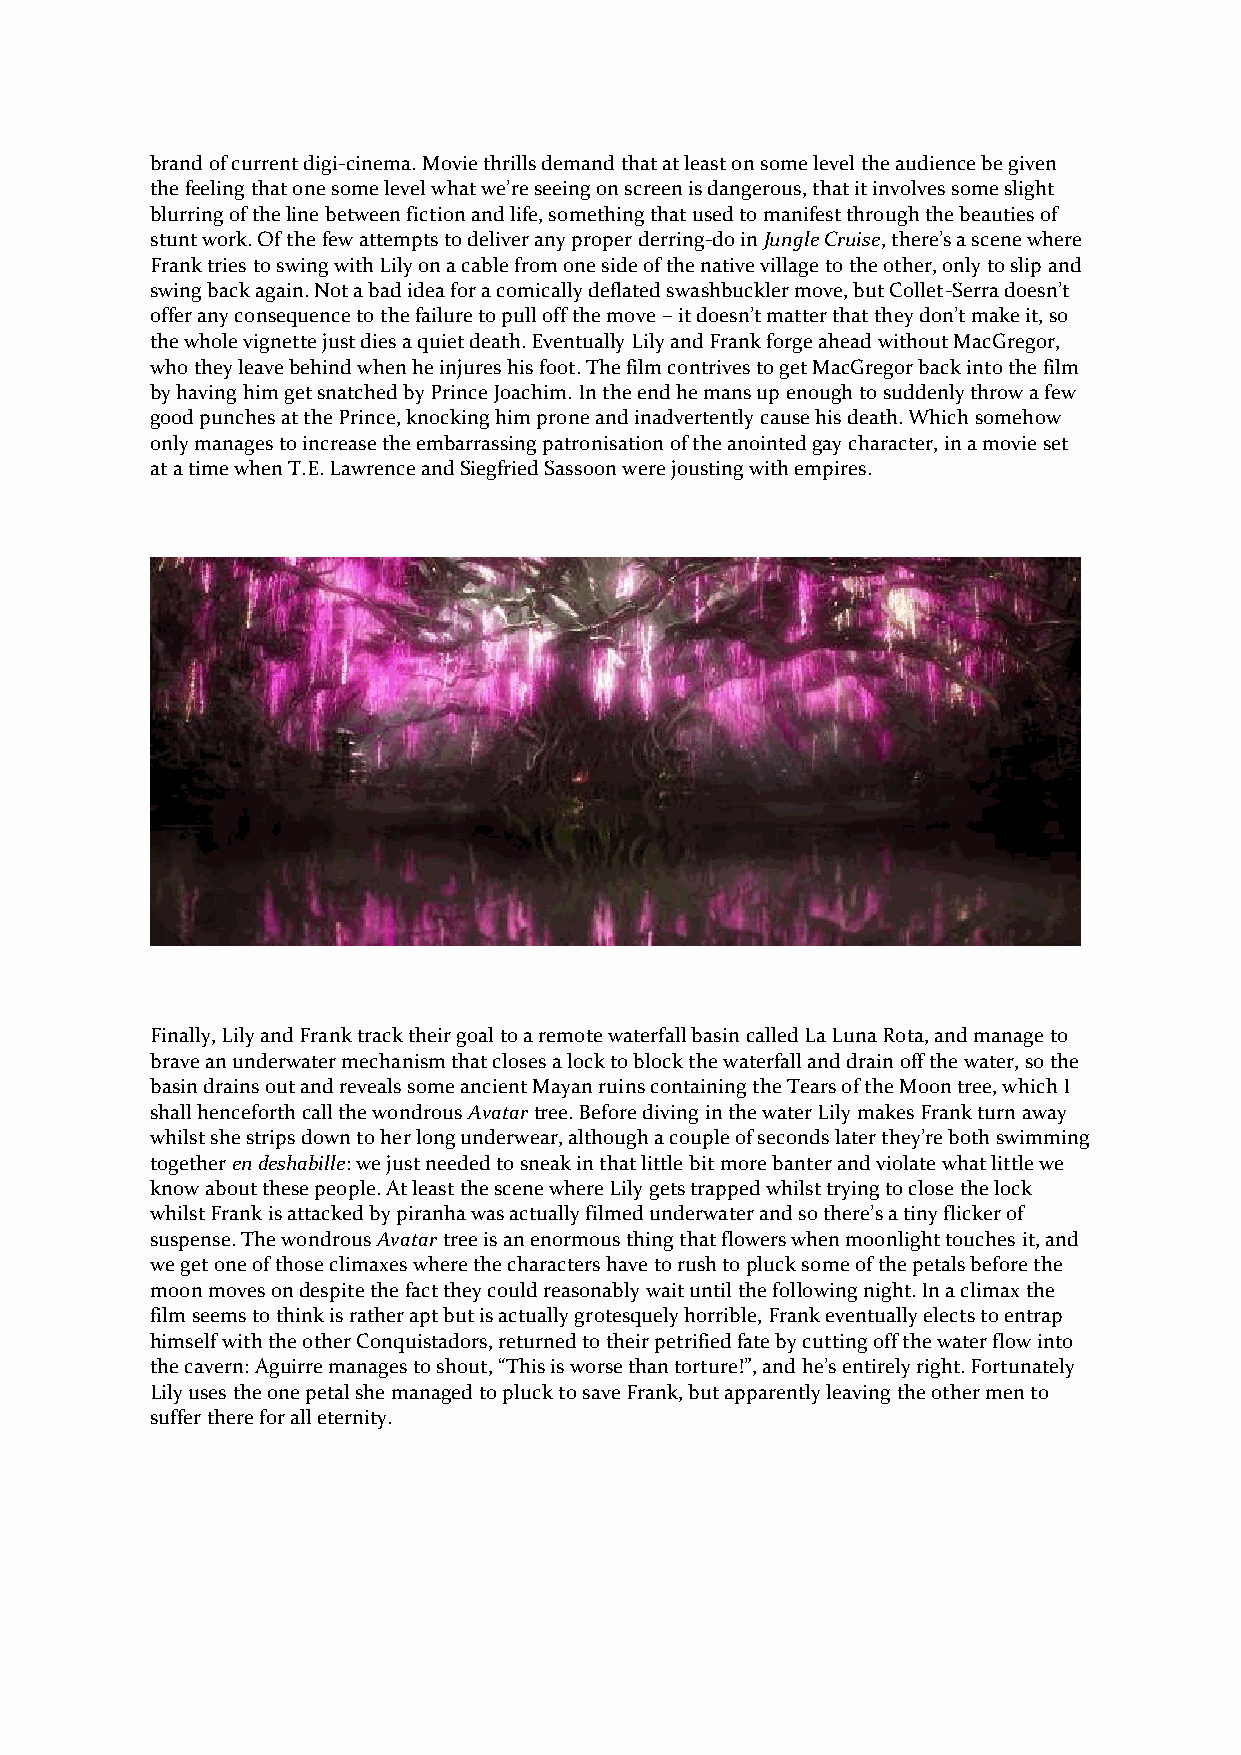
brand of current digi-cinema. Movie thrills demand that at least on some level the audience be given
 the feeling that one some level what we’re seeing on screen is dangerous, that it involves some slight
 blurring of the line between fiction and life, something that used to manifest through the beauties of
 stunt work. Of the few attempts to deliver any proper derring-do in Jungle Cruise, there’s a scene where
 Frank tries to swing with Lily on a cable from one side of the native village to the other, only to slip and
 swing back again. Not a bad idea for a comically deflated swashbuckler move, but Collet-Serra doesn’t
 offer any consequence to the failure to pull off the move – it doesn’t matter that they don’t make it, so
 the whole vignette just dies a quiet death. Eventually Lily and Frank forge ahead without MacGregor,
 who they leave behind when he injures his foot. The film contrives to get MacGregor back into the film
 by having him get snatched by Prince Joachim. In the end he mans up enough to suddenly throw a few
 good punches at the Prince, knocking him prone and inadvertently cause his death. Which somehow
 only manages to increase the embarrassing patronisation of the anointed gay character, in a movie set
 at a time when T.E. Lawrence and Siegfried Sassoon were jousting with empires.
 Finally, Lily and Frank track their goal to a remote waterfall basin called La Luna Rota, and manage to
 brave an underwater mechanism that closes a lock to block the waterfall and drain off the water, so the
 basin drains out and reveals some ancient Mayan ruins containing the Tears of the Moon tree, which I
 shall henceforth call the wondrous Avatar tree. Before diving in the water Lily makes Frank turn away
 whilst she strips down to her long underwear, although a couple of seconds later they’re both swimming
 together en deshabille: we just needed to sneak in that little bit more banter and violate what little we
 know about these people. At least the scene where Lily gets trapped whilst trying to close the lock
 whilst Frank is attacked by piranha was actually filmed underwater and so there’s a tiny flicker of
 suspense. The wondrous Avatar tree is an enormous thing that flowers when moonlight touches it, and
 we get one of those climaxes where the characters have to rush to pluck some of the petals before the
 moon moves on despite the fact they could reasonably wait until the following night. In a climax the
 film seems to think is rather apt but is actually grotesquely horrible, Frank eventually elects to entrap
 himself with the other Conquistadors, returned to their petrified fate by cutting off the water flow into
 the cavern: Aguirre manages to shout, “This is worse than torture!”, and he’s entirely right. Fortunately
 Lily uses the one petal she managed to pluck to save Frank, but apparently leaving the other men to
 suffer there for all eternity.